Civil Veterinary Department. Central Provinces & Berar 1932-41 - 1932-1941
Year: 1932
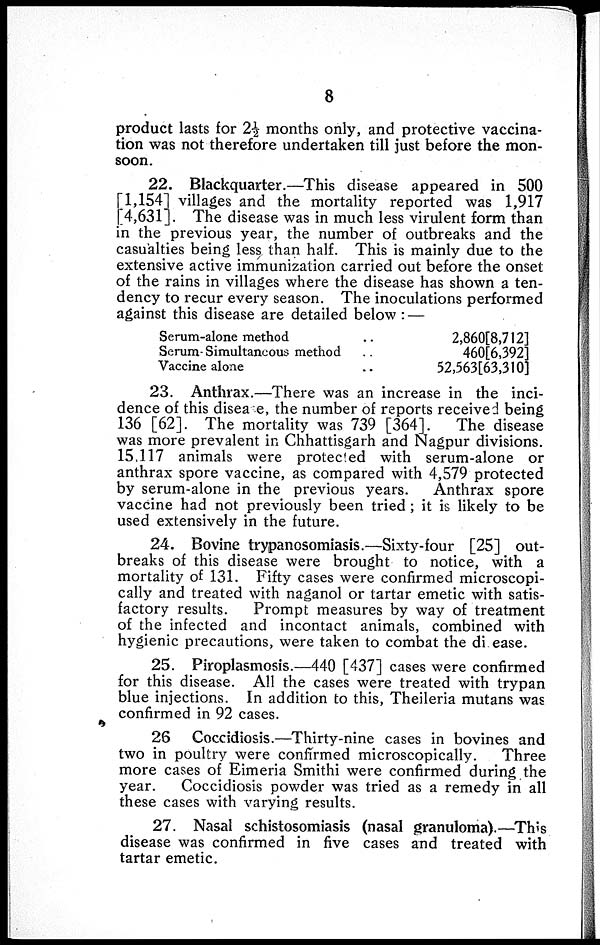
8
product lasts for 2½ months only, and protective vaccina-
tion was not therefore undertaken till just before the mon-
soon.
22. Blackquarter.—This disease appeared in 500
[1,154] villages and the mortality reported was 1,917
[4,631]. The disease was in much less virulent form than
in the previous year, the number of outbreaks and the
casualties being less than half. This is mainly due to the
extensive active immunization carried out before the onset
of the rains in villages where the disease has shown a ten-
dency to recur every season. The inoculations performed
against this disease are detailed below:—
Serum-alone method
..
Serum- Simultaneous method ..
Vaccine alone ..
2,860[8,712]
460[6,392]
52,563[63,310]
23. Anthrax.—There was an increase in the inci-
dence of this disease, the number of reports received being
136 [62]. The mortality was 739 [364].
The disease
was more prevalent in Chhattisgarh and Nagpur divisions.
15,117 animals were protected with serum-alone or
anthrax spore vaccine, as compared with 4,579 protected
by serum-alone in the previous years.
Anthrax spore
vaccine had not previously been tried; it is likely to be
used extensively in the future.
24. Bovine trypanosomiasis.—Sixty-four [25] out-
breaks of this disease were brought to notice, with a
mortality of 131. Fifty cases were confirmed microscopi-
cally and treated with naganol or tartar emetic with satis-
factory results.
Prompt measures by way of treatment
of the infected and incontact animals, combined with
hygienic precautions, were taken to combat the di ease.
25. Piroplasmosis.—440 [437] cases were confirmed
for this disease. All the cases were treated with trypan
blue injections. In addition to this, Theileria mutans was
confirmed in 92 cases.
26 Coccidiosis.—Thirty-nine cases in bovines and
two in poultry were confirmed microscopically.
Three
more cases of Eimeria Smithi were confirmed during the
year.
Coccidiosis powder was tried as a remedy in all
these cases with varying results.
27. Nasal schistosomiasis (nasal granuloma).—This
disease was confirmed in five cases and treated with
tartar emetic.